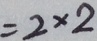
= 2 \times 2